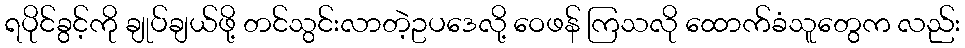
ရပိုင်ခွင့်ကို ချုပ်ချယ်ဖို့ တင်သွင်းလာတဲ့ဥပဒေလို့ ဝေဖန် ကြသလို ထောက်ခံသူတွေက လည်း